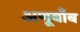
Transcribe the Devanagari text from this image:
अणूबाँब